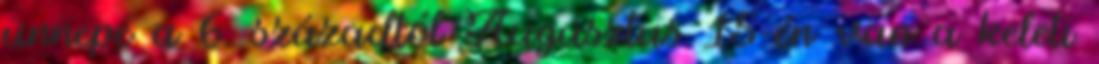
ünnepe a 6. századtól Augusztus 15-én van a keleti